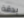
بدقة